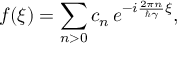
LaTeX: f ( \xi ) = \sum _ { n > 0 } c _ { n } \, e ^ { - i \frac { 2 \pi n } { \hbar \gamma } \xi } ,